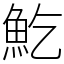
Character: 䰴